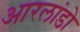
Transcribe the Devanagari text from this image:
आरलांडो